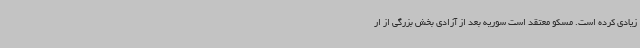
زیادی کرده است. مسکو معتقد است سوریه بعد از آزادی بخش بزرگی از ار